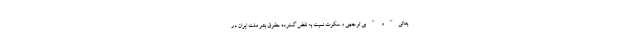
یغاتی" و " بی توجهی و سکوت نسبت به نقض گسترده حقوق بشر ملت ایران در